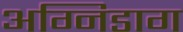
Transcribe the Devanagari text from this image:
अग्निडाग